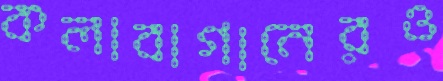
কলাবাগানেরও